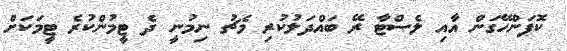
ކޮޕަންހޭގަން އާއި ލެސްޓާ ރޭ ބައްދަލުކުރި މެޗު ނިމުނީ ދެ ޓީމުންކުރެ ޓީމަކަށް